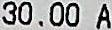
30.00 A